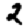
Digit: 2